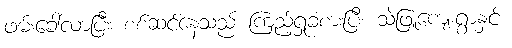
ဖမ်းခေါ်လာပြီး စစ်ဆင်နေသည် ကြည့်ရှုခံစားပြီး သဲဖြူကျေးရွာနှင့်